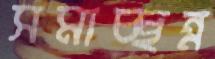
সমাচ্ছন্ন